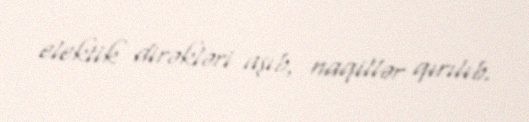
elektik dirəkləri aşıb, naqillər qırılıb.